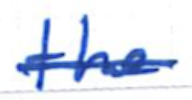
Text: the
Cross-out: single-line
Writing tool: ballpoint